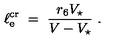
\ell _ { \mathrm { e } } ^ { \mathrm { c r } } \ = \ \frac { r _ { 6 } V _ { \star } } { V - V _ { \star } } \ .